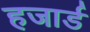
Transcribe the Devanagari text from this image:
हजार्ड